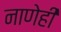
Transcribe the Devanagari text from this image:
नाणेही